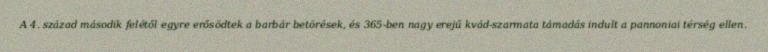
A 4. század második felétől egyre erősödtek a barbár betörések, és 365-ben nagy erejű kvád-szarmata támadás indult a pannoniai térség ellen.